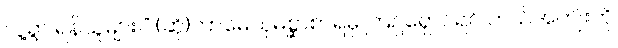
လူ့ရွာ ရန်သူများ။” (ဆို)ကာမေသုမိစ္ဆာစာရမှ ကြဉ်ရှောင်ရင် ဘယ်အကျိုးကို